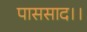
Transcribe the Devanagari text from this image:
पाससाद।।